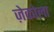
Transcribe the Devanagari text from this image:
ज़ेकोला